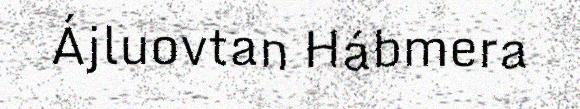
Ájluovtan Hábmera